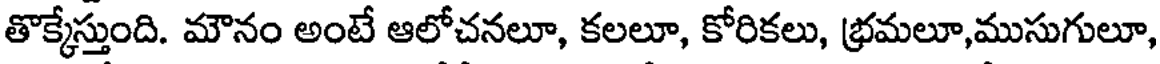
తొక్కేస్తుంది. మౌనం అంటే ఆలోచనలూ, కలలూ, కోరికలు, భ్రమలూ,ముసుగులూ,